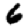
Digit: 6